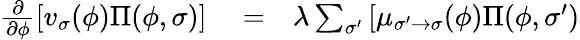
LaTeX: \begin{array}{rlr}{\frac{\partial}{\partial\phi}\left[v_{\sigma}(\phi)\Pi(\phi,\sigma)\right]}&{{}=}&{\lambda\sum_{\sigma^{\prime}}\left[\mu_{\sigma^{\prime}\to\sigma}(\phi)\Pi(\phi,\sigma^{\prime})\right.}\end{array}